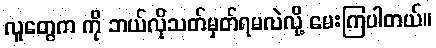
လူတွေက ကို ဘယ်လိုသတ်မှတ်ရမလဲလို့ မေးကြပါတယ်။